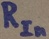
Text: RIn